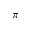
\pi